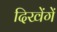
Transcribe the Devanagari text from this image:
दिखेंगें